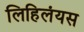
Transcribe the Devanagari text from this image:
लिहिलंयस